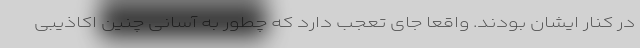
در کنار ایشان بودند. واقعا جای تعجب دارد که چطور به آسانی چنین اکاذیبی